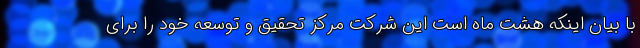
با بیان اینکه هشت ماه است این شرکت مرکز تحقیق و توسعه خود را برای